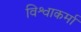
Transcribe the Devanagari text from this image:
विश्वाकर्मा